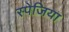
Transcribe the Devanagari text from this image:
स्पेजिया